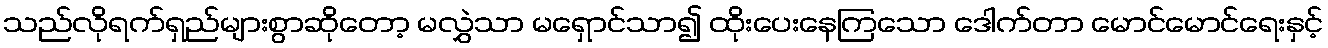
သည်လိုရက်ရှည်များစွာဆိုတော့ မလွှဲသာ မရှောင်သာ၍ ထိုးပေးနေကြသော ဒေါက်တာ မောင်မောင်ရေးနှင့်